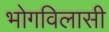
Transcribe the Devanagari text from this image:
भोगविलासी